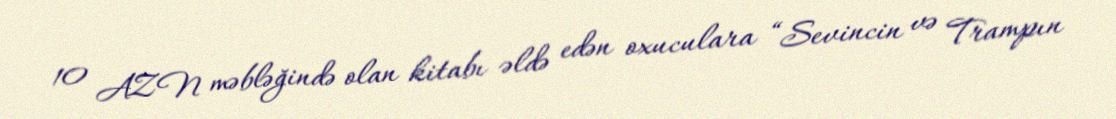
10 AZN məbləğində olan kitabı əldə edən oxuculara “Sevincin və Trampın